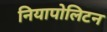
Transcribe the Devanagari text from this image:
नियापोलिटन